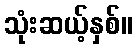
သုံးဆယ့်နှစ်။